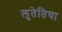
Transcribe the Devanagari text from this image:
लुतेतिया